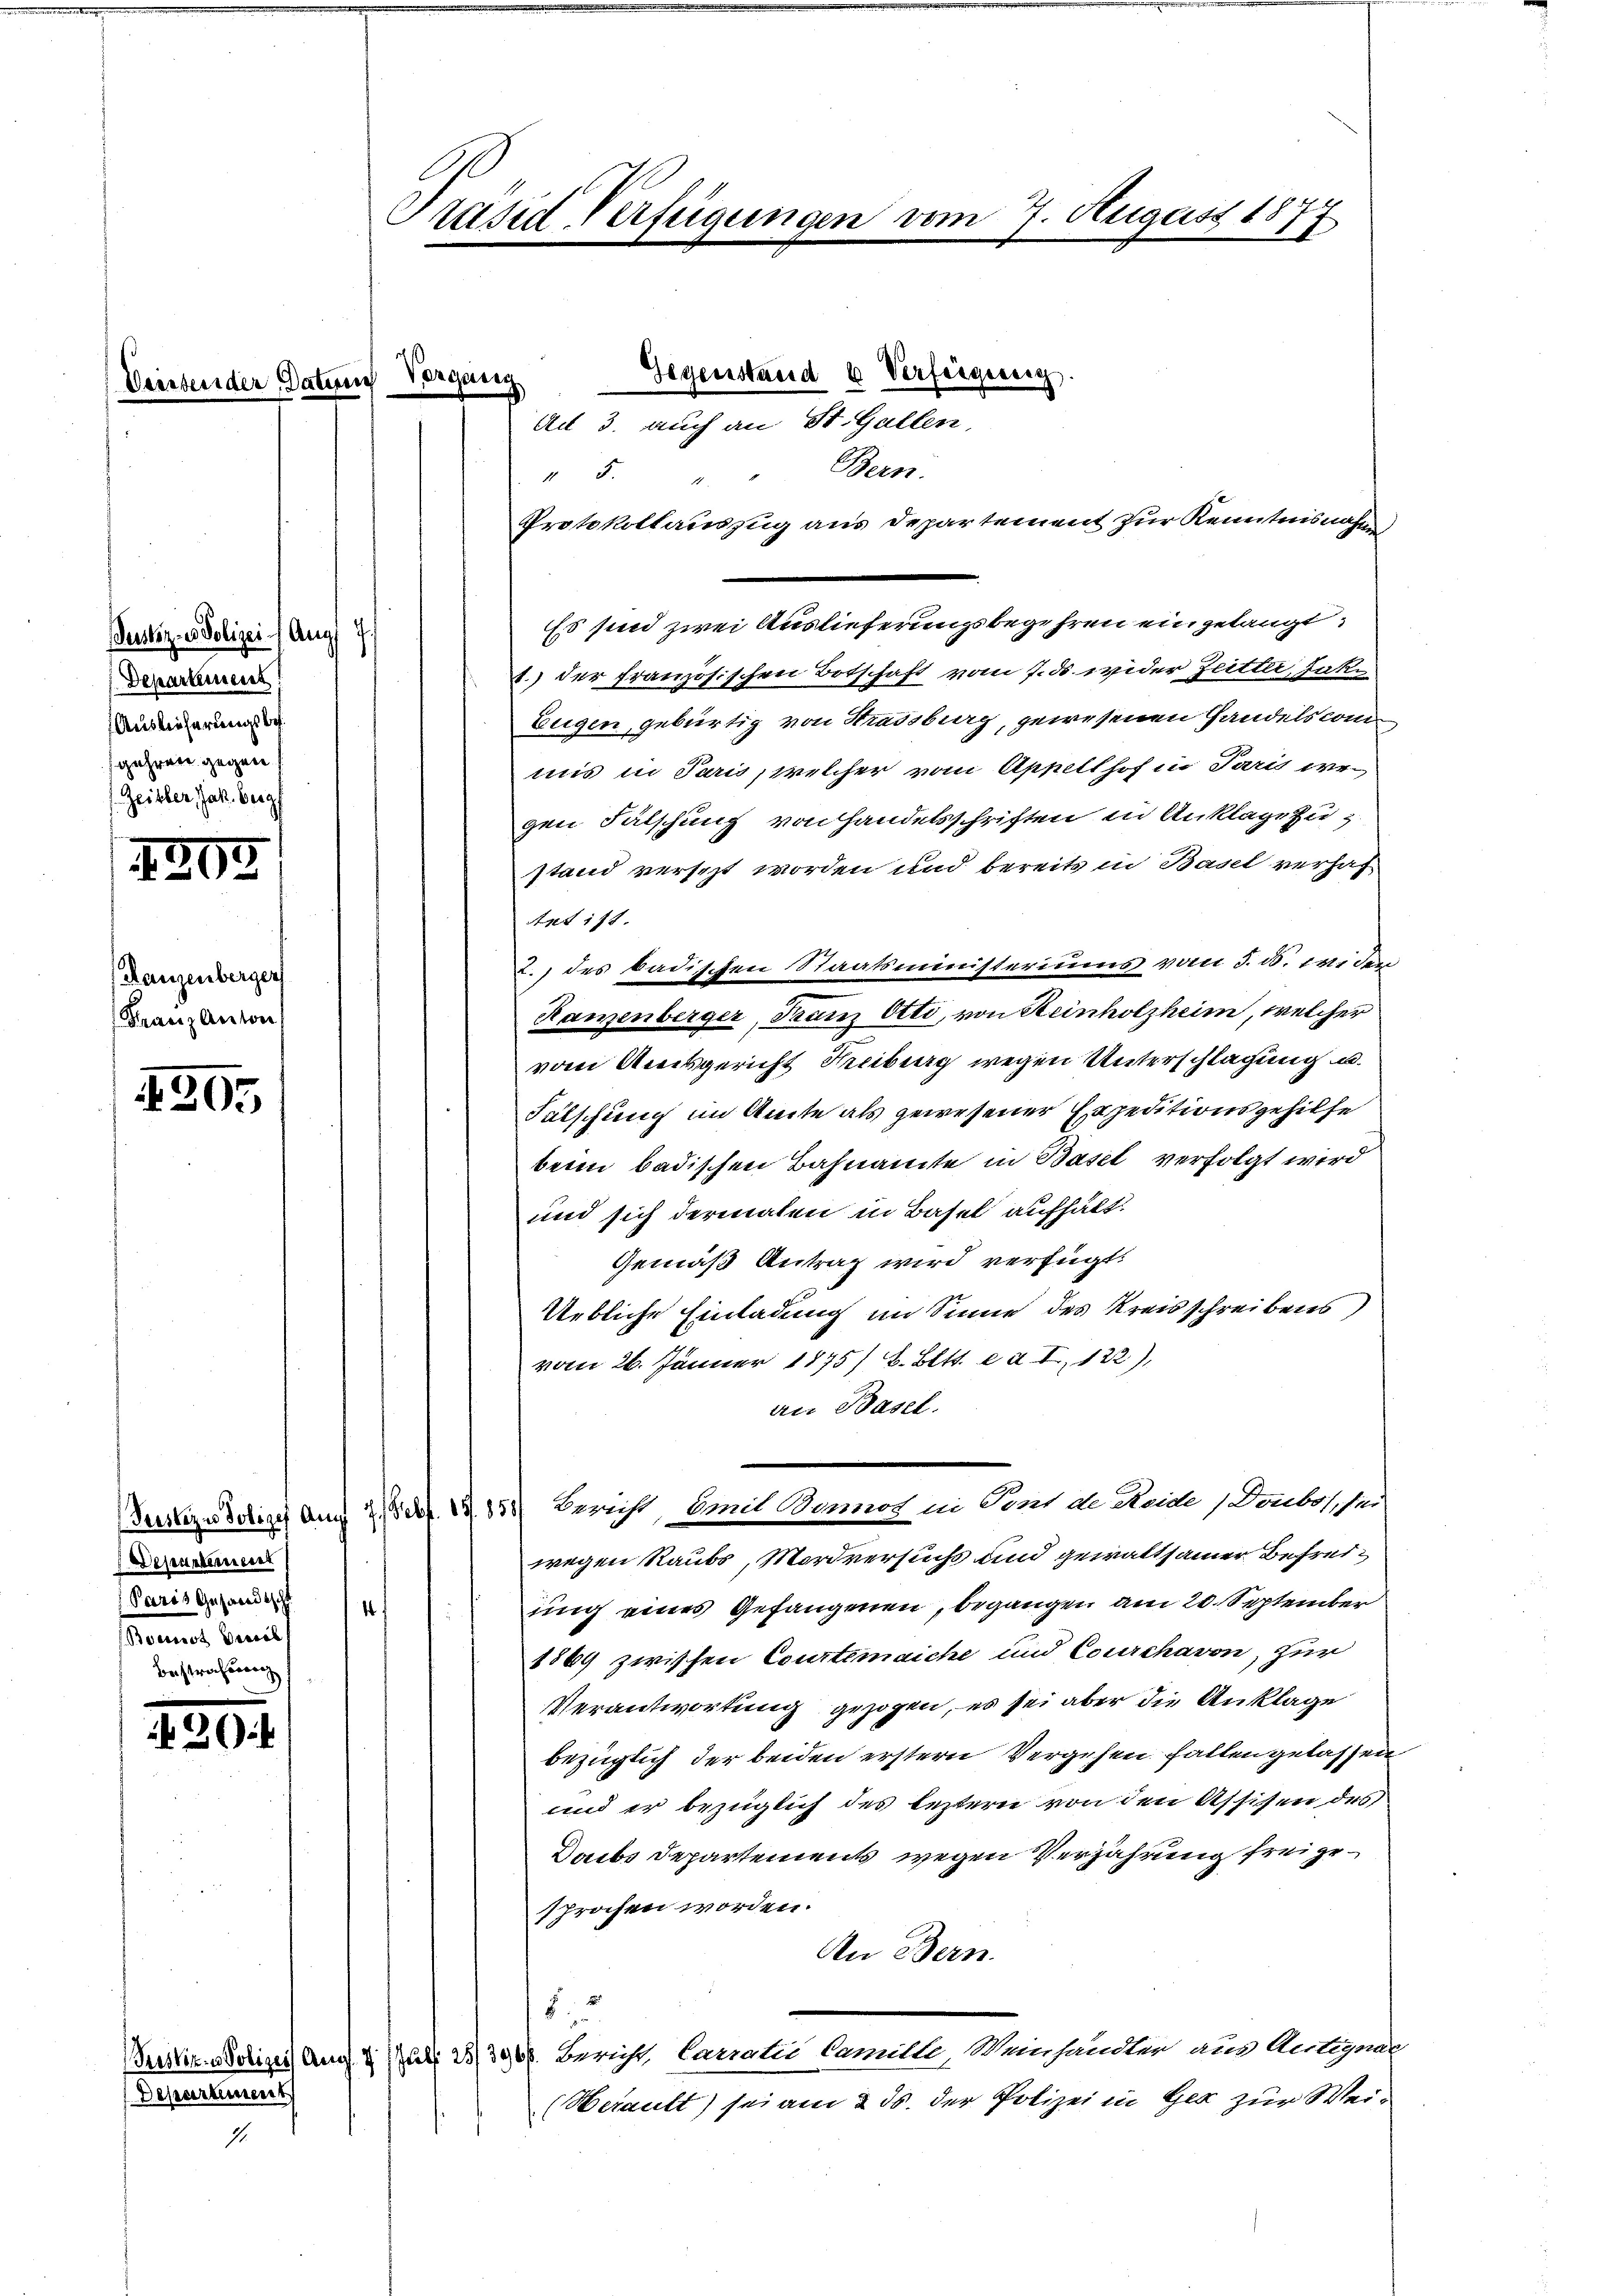
Dernbei der Da

4203

420.

230.

Priskik.
Departemen

oli

Justiz- & Polizei Augs 7.
Departement
Auslieferungsbe
gehrere gegen
Geister, Jak. beig

Ranzenberger
Franz Antons

Präsid-Verfügungen vom 7. August 1877

Gegenstand u Verfeigereich.
Bern.
5
Protokollauszug aus Departement zur Kenntnisnahm
Es sind zwei Auslieferungsbegehren eingelangt,
1.) der Französischen Botschaft vom 7. ds. wider Zeitter, Jako
Eugen gebürtig von Strassburg, gewesenen Handels com
mis in Paris, welcher vom Appellhof in Paris wegen Fälschung von Handelsschriften in Anklage zustand versezt worden und bereits in Basel verhaf
Apt 178.
I.) des badischen Staatsministeriums vom 5. ds. wider
Ranenberger, Franz Otti, von Heinholzheim, welcher
vom Amtsgericht Kreiburg wegen Unterschlagung u.
Falschung im Amte als gewesener Expeditionsgehilfe
beim badischen Bahnamte in Basel verfolgt wird
und sich dermalen in Basel aufhält.
Gemäß Antrag wird verfügt:
Uebliche Einladung im Sinne des Kreisschreibens,
vom 26. Jänner 1875/ B. Bett. e d I, 122),
an Basel.
Justizes dotiges auch 2 S. 1851) Bericht, mit Bonnos in Sont de Seide / Doubos hei
wegen Raubs, Mordversuchs und gewaltsamer Befreiging eines Gefangenen, begangen am 20. September
1)
1869 zwischen Courtemaiche und Courchavon, zur
Verantwortung gezogen, es sei aber die Anklage
bezüglich der beiden erstern Vergehen fallen gelassen
und er bezüglich des leztern von den Assisen des
Daibs Departements wegen Verjährung freigesprochen worden.
An Bern.
82
 2. Bericht, Carratio Camille, Weinhändler aus Antignal
Herault) sei am 2. ds. der Polizei in Her zur Wei¬

1

Departerneret
Paris Gesandtsche
sammen, damit

ten Vorgang

Ad 3. auch an St. Gallen,